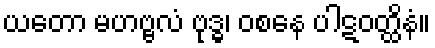
ယတော မဟဗ္ဗလံ ဗုဒ္ဓ၊ ဝစနေ ပါဋဝတ္ထိနံ။